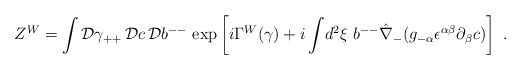
\begin{align*}Z^W= \int {\cal D} \gamma_{++} \, {\cal D}c \, {\cal D}b^{--} ~{\rm exp} \left [i \Gamma^W(\gamma) + i \int \! d^2 \xi ~b^{--}\hat\nabla_{-} (g_{- \alpha} \epsilon^{\alpha \beta}\partial_{\beta} c) \right ] ~.\end{align*}